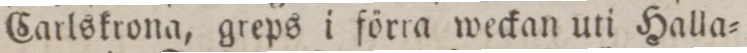
Carlskrona, greps i förra weckan uti Halla=